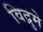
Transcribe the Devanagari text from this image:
विद्रुमे